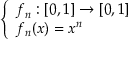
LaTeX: \left\{ \begin{array} { l l } { f _ { n } : [ 0 , 1 ] \to [ 0 , 1 ] } \\ { f _ { n } ( x ) = x ^ { n } } \end{array} \right.